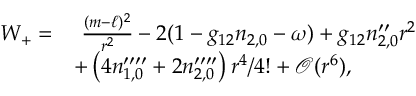
\begin{array} { r l } { W _ { + } = } & { \ \frac { ( m - \ell ) ^ { 2 } } { r ^ { 2 } } - 2 ( 1 - g _ { 1 2 } n _ { 2 , 0 } - \omega ) + g _ { 1 2 } n _ { 2 , 0 } ^ { \prime \prime } r ^ { 2 } } \\ & { + \left( 4 n _ { 1 , 0 } ^ { \prime \prime \prime \prime } + 2 n _ { 2 , 0 } ^ { \prime \prime \prime \prime } \right) r ^ { 4 } / 4 ! + \mathcal { O } ( r ^ { 6 } ) , } \end{array}